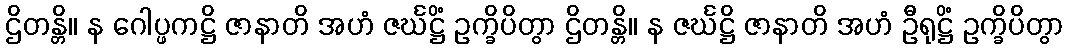
ဌိတန္တိ။ န ဂေါပ္ဖကဋ္ဌိ ဇာနာတိ အဟံ ဇင်္ဃဋ္ဌိံ ဥက္ခိပိတွာ ဌိတန္တိ။ န ဇင်္ဃဋ္ဌိ ဇာနာတိ အဟံ ဦရုဋ္ဌိံ ဥက္ခိပိတွာ